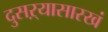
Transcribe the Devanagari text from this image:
दुसऱ्यासारखं